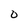
Character: 0